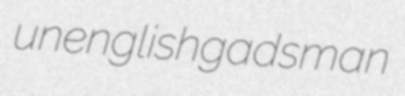
unenglish gadsman